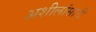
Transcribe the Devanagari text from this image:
अशीलांसाठी